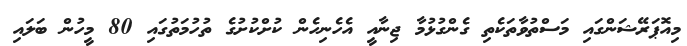
މިއޮޕަރޭޝަންގައި މަސްތުވާތަކެތި ގެންގުޅުމާ ޖިނާއީ އެހެނިހެން ކުށްކުށުގެ ތުހުމަތުގައި 80 މީހުން ބަލައި